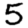
Digit: 5